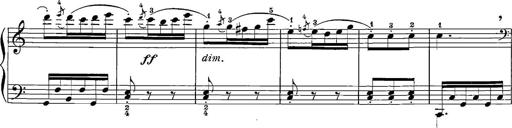
Title: 12 Sonatinas
Composer: Ignaz Pleyel